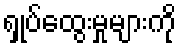
ရှုပ်ထွေးမှုများကို